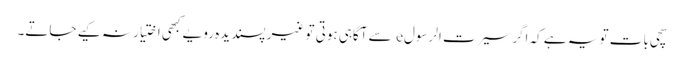
سچی بات تو یہ ہے کہ اگر سیرت الرسولe سے آگاہی ہوتی تو غیر پسندیدہ رویے کبھی اختیار نہ کیے جاتے۔